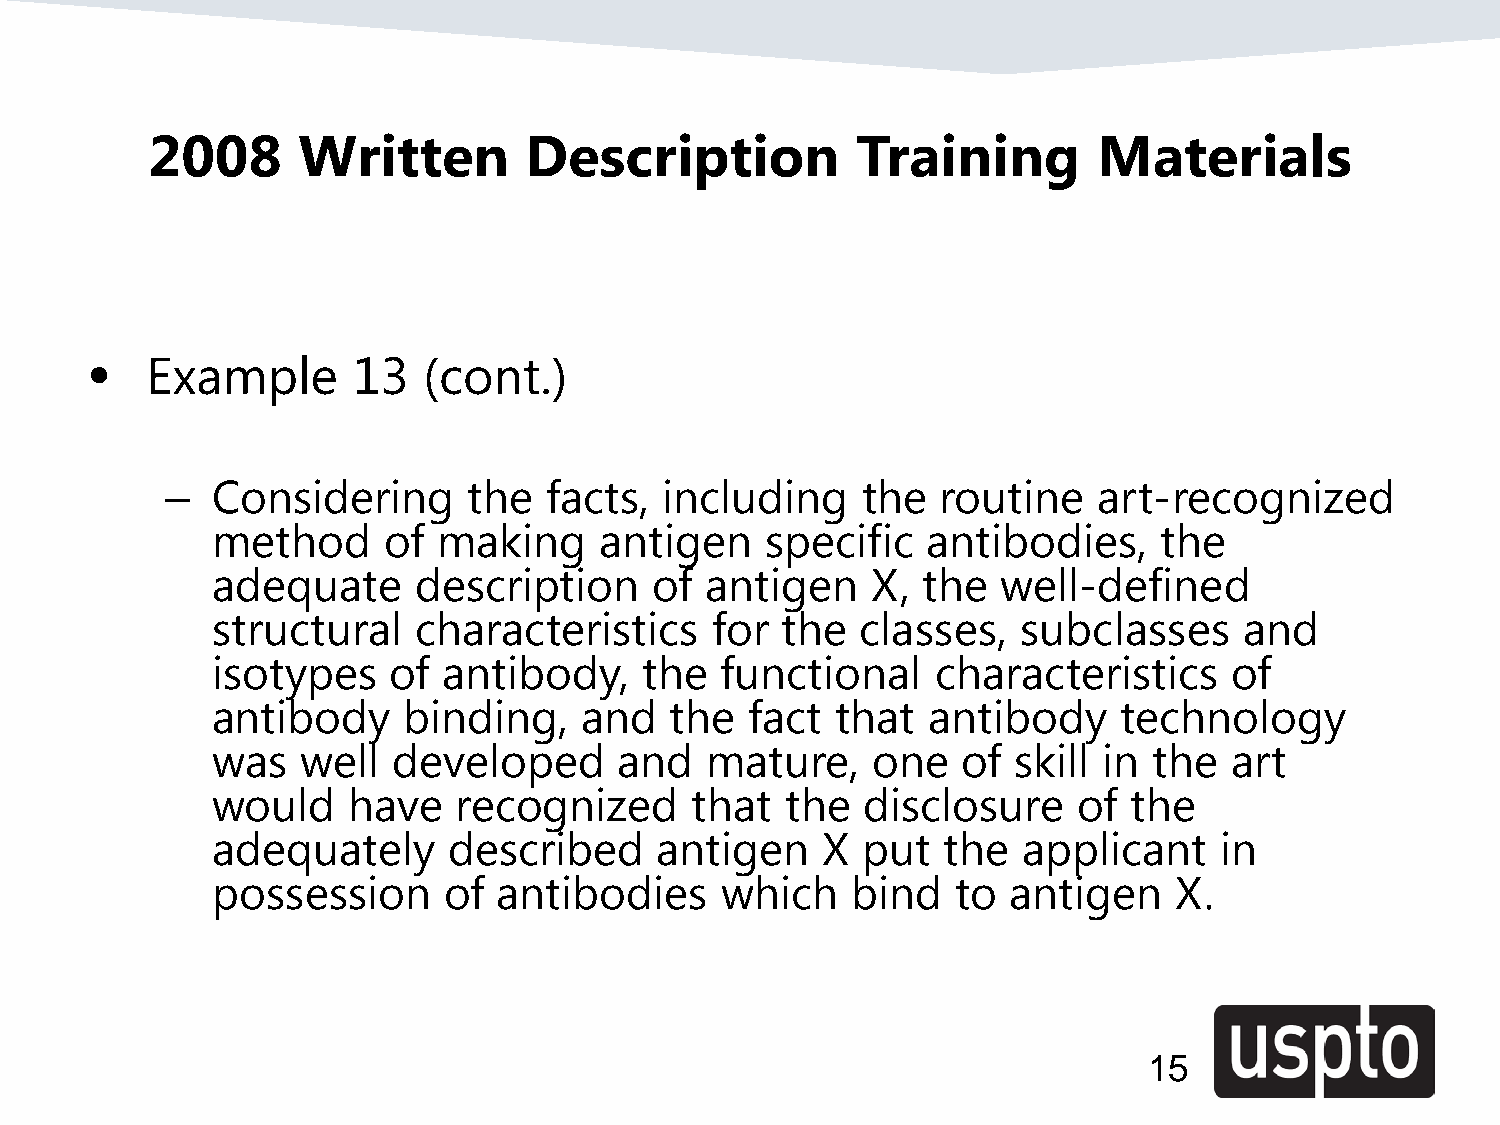
2008      Written        Description           Training        Materials
 •   Example      13   (cont.)
 –  Considering      the  facts,  including    the  routine    art-recognized
 method     of  making     antigen    specific  antibodies,     the
 adequate     description     of  antigen    X, the  well-defined
 structural   characteristics     for  the  classes,   subclasses    and
 isotypes    of antibody,     the  functional    characteristics     of
 antibody     binding,   and   the   fact that   antibody    technology
 was   well  developed      and   mature,    one   of skill in the   art
 would    have   recognized      that  the  disclosure    of  the
 adequately      described     antigen   X  put  the   applicant    in
 possession     of  antibodies     which   bind   to  antigen    X.
 15
 15